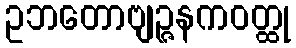
ဥဘတောဗျဉ္ဇနကဝတ္ထု